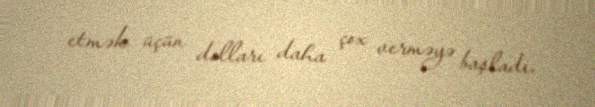
etmək üçün dolları daha çox verməyə başladı.